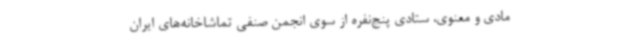
مادی و معنوی، ستادی پنج‌نفره از سوی انجمن صنفی تماشاخانه‌های ایران